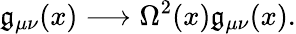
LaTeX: \mathfrak{g}_{\mu\nu}(x)\longrightarrow\Omega^{2}(x)\mathfrak{g}_{\mu\nu}(x).